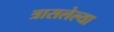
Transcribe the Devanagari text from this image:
त्रासलेल्या